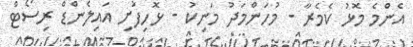
އެންމެ މޮޅު ކެމެރާ - މުހަންމަދު މަނިކު - ޅޮހިފުށި އައިލެންޑް ރިސޯޓް